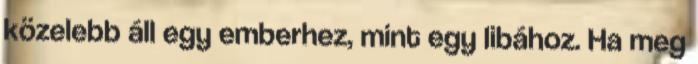
közelebb áll egy emberhez, mint egy libához. Ha meg